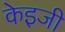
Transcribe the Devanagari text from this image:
केइजी